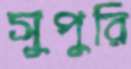
সুপুরি